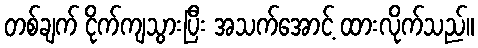
တစ်ချက် ငိုက်ကျသွားပြီး အသက်အောင့် ထားလိုက်သည်။